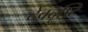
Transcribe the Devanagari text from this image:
देवदृष्टि